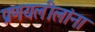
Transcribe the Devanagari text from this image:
प्रणयलीलांना